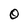
Character: O